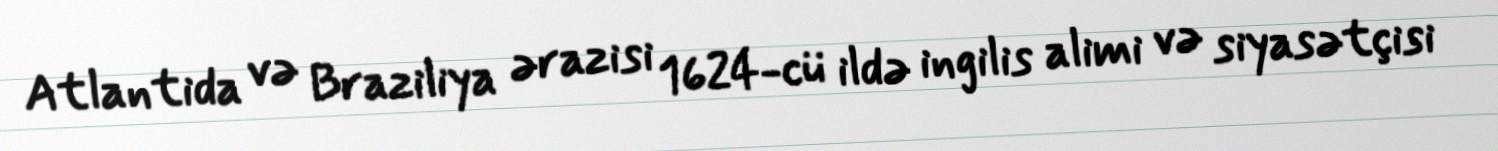
Atlantida və Braziliya ərazisi 1624-cü ildə ingilis alimi və siyasətçisi